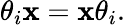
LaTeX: \theta_{i}\mathbf{x}=\mathbf{x}\theta_{i}.